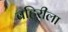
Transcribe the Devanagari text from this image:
बहिरीला